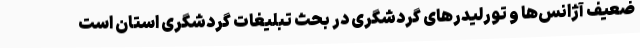
ضعیف آژانس‌ها و تورلیدرهای گردشگری در بحث تبلیغات گردشگری استان است